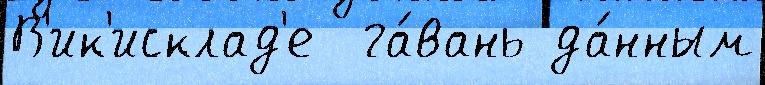
В'ик'исклад'е  га́вань да́нным